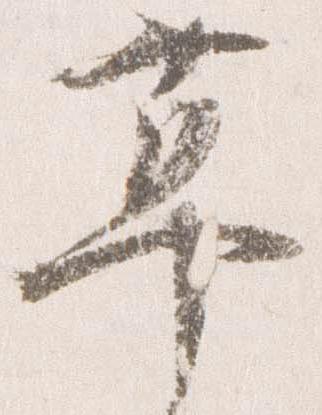
草